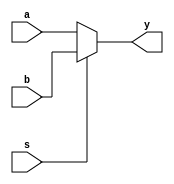
module mux2 #(parameter WIDTH = 32)(a,b,s,y);
 input s;
 input[WIDTH-1:0] a,b;
 output[WIDTH-1:0] y;
	
 assign y = (s == 0)?a:b;

endmodule

module mux3 #(parameter WIDTH = 32)(a,b,c,s,y);
 input[1:0] s;
 input[WIDTH-1:0] a,b,c;
 output[WIDTH-1:0] y;
	
 assign y = (s == 2'b00)?a:(s == 2'b01)?b:c;

endmodule

module mux4 #(parameter WIDTH = 32)(a,b,c,d,s,y);
 input[1:0] s;
 input[WIDTH-1:0] a,b,c,d;
 output[WIDTH-1:0] y;

 assign y = (s == 2'b00)?a:(s == 2'b01)?b:(s == 2'b10)?c:d;

endmodule